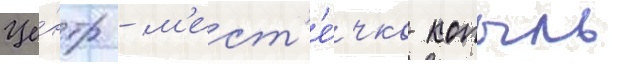
Це́нтр - м'ест'е́чко копыль